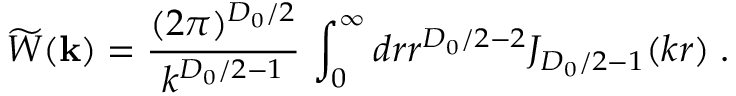
\widetilde { W } ( { \bf k } ) = \frac { ( 2 \pi ) ^ { { D _ { 0 } } / 2 } } { k ^ { { D _ { 0 } } / 2 - 1 } } \, \int _ { 0 } ^ { \infty } d r r ^ { { D _ { 0 } } / 2 - 2 } J _ { { D _ { 0 } } / 2 - 1 } ( k r ) \; .